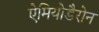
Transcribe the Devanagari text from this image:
ऐमियोडैरोन